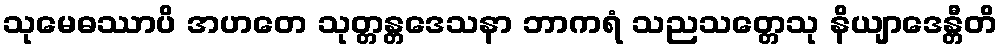
သုမေဓဿာပိ အဟတေ သုတ္တန္တဒေသနာ ဘာကရံ သညသတ္တေသု နိယျာဒေန္တီတိ